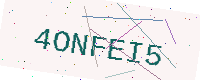
Text: 4ONFEI5